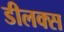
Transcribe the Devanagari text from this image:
डीलक्‍स